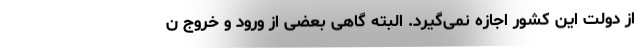
از دولت این کشور اجازه نمی‌گیرد. البته گاهی بعضی از ورود و خروج ن